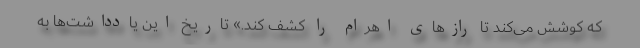
که کوشش می‌کند تا رازهای اهرام را کشف کند.» تاریخ این یادداشت‌ها به